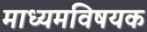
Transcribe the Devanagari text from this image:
माध्यमविषयक